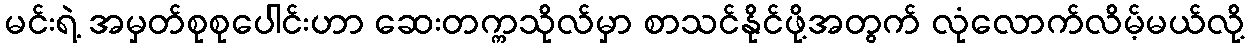
မင်းရဲ့ အမှတ်စုစုပေါင်းဟာ ဆေးတက္ကသိုလ်မှာ စာသင်နိုင်ဖို့အတွက် လုံလောက်လိမ့်မယ်လို့